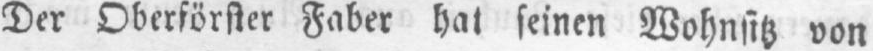
Der Oberförster Faber hat seinen Wohnsitz von